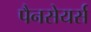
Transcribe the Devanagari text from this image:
पैनसेयर्स